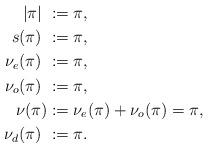
LaTeX: \begin{align*}|\pi| \ &:= \pi,\\s(\pi) \ &:=\pi,\\\nu_e(\pi)\ &:= \pi,\\\nu_o(\pi)\ &:= \pi,\\\nu(\pi) &:= \nu_e(\pi) + \nu_o(\pi) = \pi,\\\nu_{d}(\pi)\ &:= \pi.\end{align*}